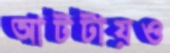
আটটায়ও